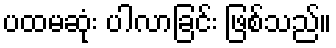
ပထမဆုံး ပါလာခြင်း ဖြစ်သည်။